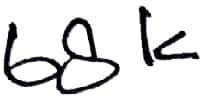
Text: 68K